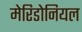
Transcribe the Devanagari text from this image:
मेरिडोनियल